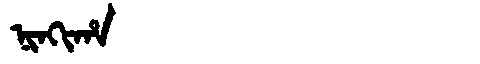
Manchu: ᠨᡳᠨᡴᡳᡥᠠ
Romanization: NINKIHA